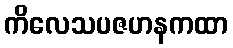
ကိလေသပဇဟနကထာ